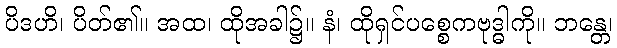
ပိဒဟိ၊ ပိတ်၏။ အထ၊ ထိုအခါ၌။ နံ၊ ထိုရှင်ပစ္စေကဗုဒ္ဓါကို။ ဘန္တေ၊